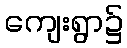
ကျေးရွာ၌